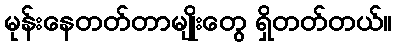
မုန်းနေတတ်တာမျိုးတွေ ရှိတတ်တယ်။